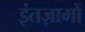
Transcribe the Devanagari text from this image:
इंतज़ामों